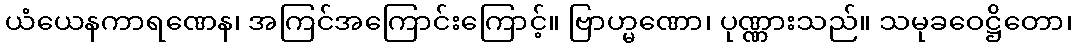
ယံယေနကာရဏေန၊ အကြင်အကြောင်းကြောင့်။ ဗြာဟ္မဏော၊ ပုဏ္ဏားသည်။ သမုခဝေဋ္ဌိတော၊